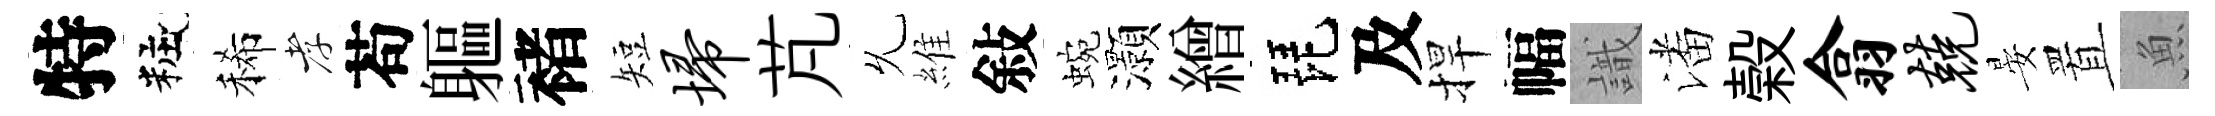
特粧稀孝苟軀褚短埽芃𠃔維敍蜿灝繒琵及捍幅識潘榖翕兢晏置魚